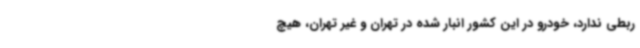
ربطی ندارد، خودرو در این کشور انبار شده در تهران و غیر تهران، هیچ